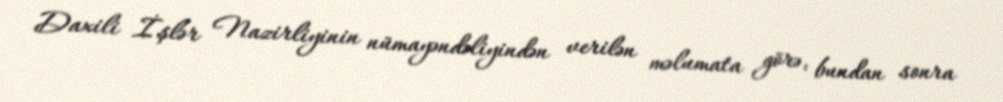
Daxili İşlər Nazirliyinin nümayəndəliyindən verilən məlumata görə, bundan sonra